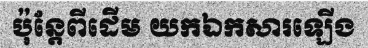
ប៉ុន្តែពីដើម យកឯកសារឡើង